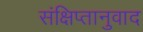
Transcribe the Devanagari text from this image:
संक्षिप्तानुवाद